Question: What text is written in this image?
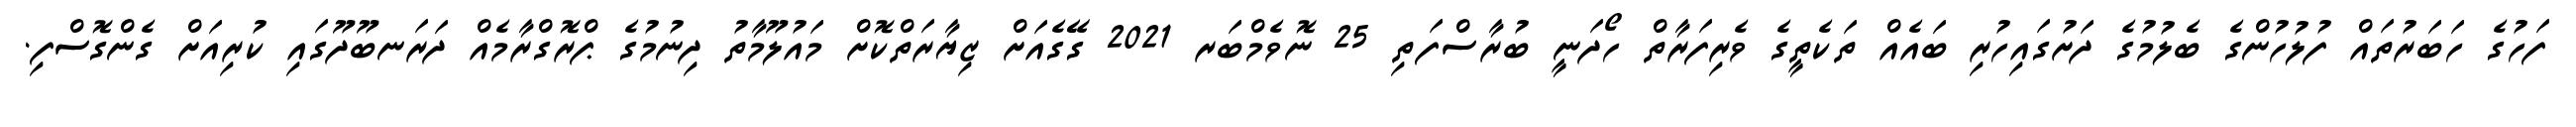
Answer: ފަހުގެ ހަބަރުތައް ފުލުހުންގެ ބެލުމުގެ ދަށުގައިހުރި ބައެއް ތަކެތީގެ ވެރިފަރާތް ހޯދަނީ ބުރާސްފަތި 25 ނޮވެމްބަރ 2021 ގޭގެއަށް ޒިޔާރަތްކޮށް މައުލޫމާތު ދިނުމުގެ ޕްރޮގްރާމެއް ދަރަނބޫދޫގައި ކުރިއަށް ގެންގޮސްފި.